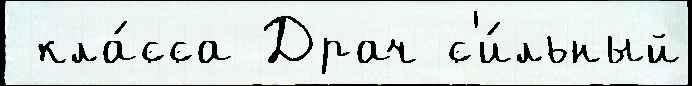
 кла́сса Драч с'и́льный